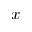
x